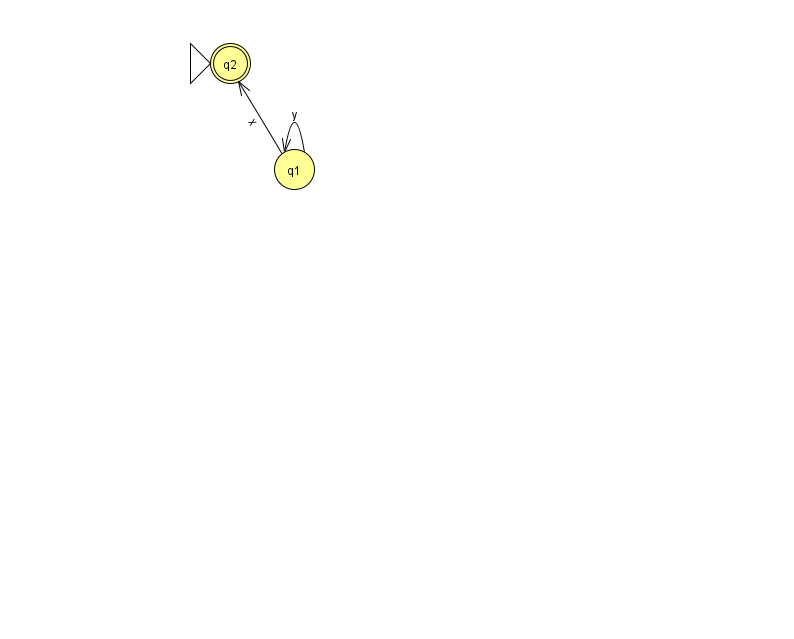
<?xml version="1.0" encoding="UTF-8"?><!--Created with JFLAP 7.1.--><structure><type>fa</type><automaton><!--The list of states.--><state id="1" name="q1"><x>294.0</x><y>156.0</y></state><state id="2" name="q2"><x>230.0</x><y>50.0</y><initial/><final/></state><!--The list of transitions.--><transition><from>1</from><to>2</to><read>x</read></transition><transition><from>1</from><to>1</to><read>y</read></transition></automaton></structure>